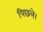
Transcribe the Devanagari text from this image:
पिछले।